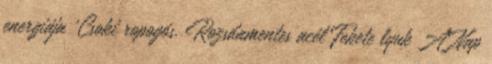
energiája 'Csoki ropogós. Rozsdamentes acél Fekete lyuk A Nap